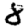
Digit: 8